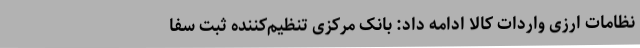
نظامات ارزی واردات کالا ادامه داد: بانک مرکزی تنظیم‌کننده ثبت سفا